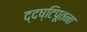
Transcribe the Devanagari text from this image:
द्दष्टिपूतना